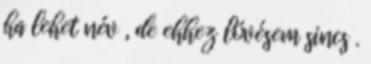
ha lehet név , de ehhez lövésem sincs .